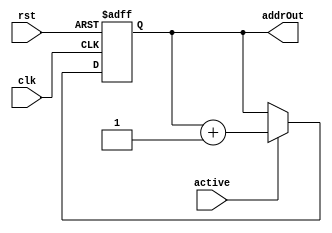
module MB_LoadAddress(clk, rst, active, addrOut);

    input wire[0:0] clk, rst, active;

    output reg[1:0] addrOut;

    always @(posedge clk, posedge rst) begin
        if(rst) begin
          addrOut <= 2'b0;
        end
        else if(active) begin
            addrOut <= addrOut + 1;
        end 
    end

endmodule